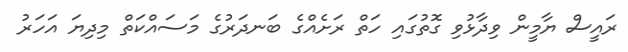
ރައީސް ޔާމީން ވިދާޅުވި ގޮތުގައި ހަތް ރަށެއްގެ ބަނދަރުގެ މަސައްކަތް މިދިޔަ އަހަރު